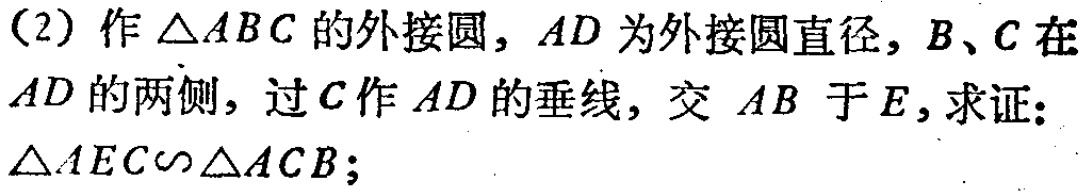
(2) 作 \(\triangle ABC\) 的外接圆，\(AD\) 为外接圆直径，\(B\)、\(C\) 在 \(AD\) 的两侧，过 \(C\) 作 \(AD\) 的垂线，交 \(AB\) 于 \(E\)，求证：\(\triangle AEC\sim\triangle ACB\)；